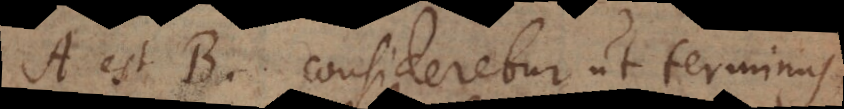
A est B consideretur ut termin